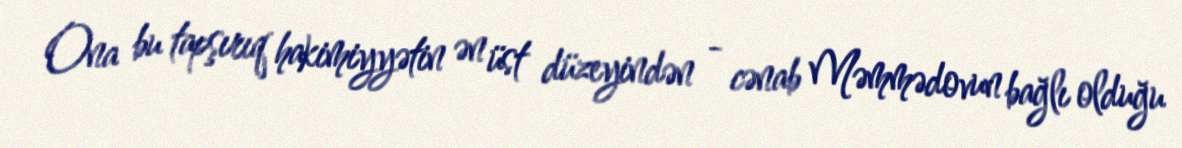
Ona bu tapşırıq hakimiyyətin ən üst düzeyindən - cənab Məmmədovun bağlı olduğu